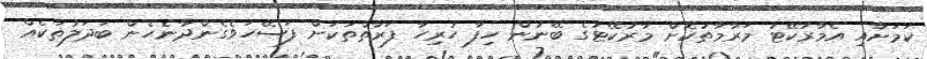
ކަމަށާއި އެމާރުކޭޓު މަރާމާތުކޮށް މާރުކޭޓުގެ ބޭނުން ހިފާ ހުރިހާ ފަރާތްތަކަށް ފަސޭހަވެގެންދާނެހެން ބަދަލުތަކެއް